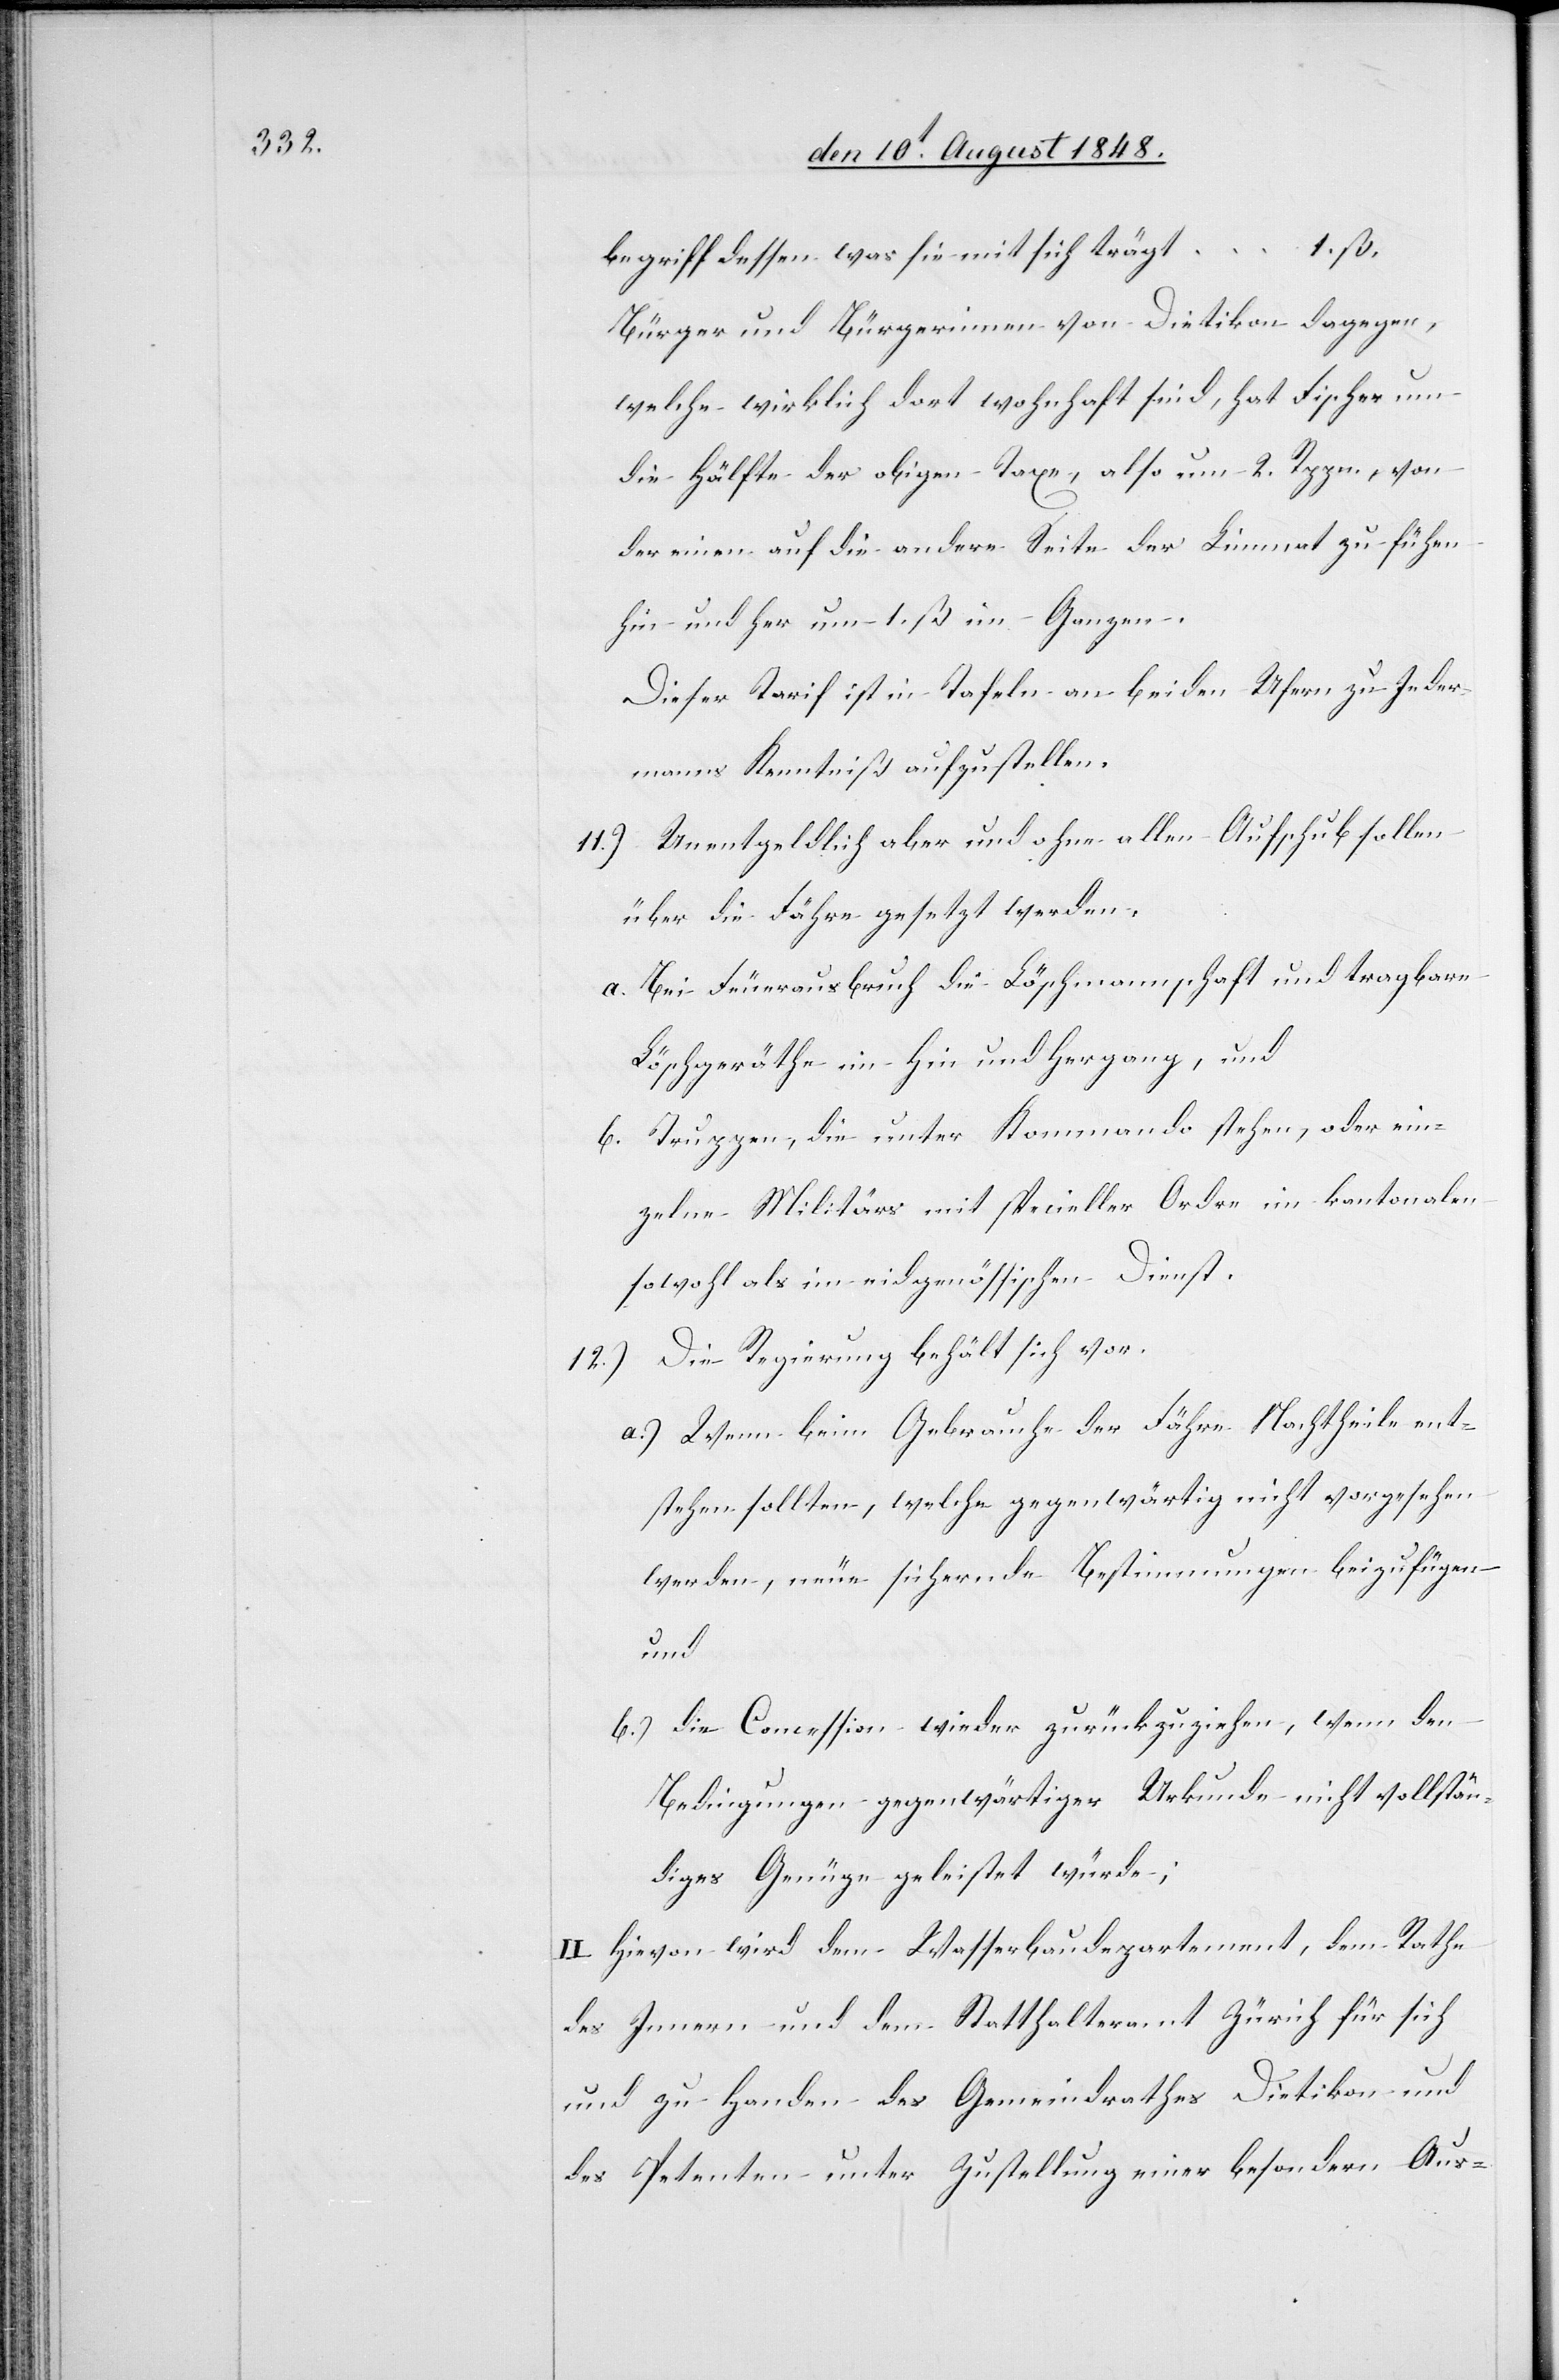
t		1.
begriff dessen was sie mit sich träg¬
Bürger und Bürgerinnen von Dietikon dagegen,
welche wirklich dort wohnhaft sind, hat Fischer um
die Hälfte der obigen Taxe, also um 2. Rppn., von
der einen auf die andere Seite der Limmat zu füh[r]en
hin und her um 1. ß. im Ganzen.
Dieser Tarif ist in Tafeln an beiden Ufern zu Jeder¬
manns Kenntniß aufzustellen.
11.) Unentgeldlich aber und ohne allen Aufschub sollen
über die Fähre gesetzt werden.
a. Bei Feuerausbruch die Löschmannschaft und tragbare
Löschgeräthe im Hin und Hergang, und
b. Truppen, die unter Kommando stehen, oder ein¬
zelne Militärs mit specieller Ordre im kantonalen
sowohl als im eidgenössischen Dienst.
12.) Die Regierung behält sich vor
a.) Wenn beim Gebrauche der Fähre Nachtheile ent¬
stehen sollten, welche gegenwärtig nicht vorgesehen
werden, neue sichernde Bestimmungen beizufügen
und
b.) die Concession wieder zurückzuziehen, wenn den
Bedingungen gegenwärtiger Urkunde nicht vollstän¬
diges Genüge geleistet würde;
II. Hievon wird dem Wasserbaudepartement, dem Rathe
des Innern und dem Statthalteramt Zürich für sich
und zu Handen des Gemeindrathes Dietikon und
des Petenten unter Zustellung einer besondern Aus-